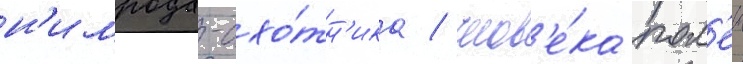
н'имрода-охо́тн'ика / челов'е́ка пол'еи